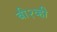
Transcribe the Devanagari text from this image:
बी२व्ही